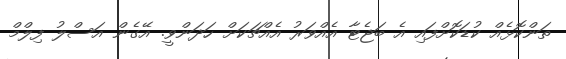
ތަންކޮޅެއް ކުޑަކޮށްފައި އެ ބަޖެޓާ އެއްވަރު އެއްޗަކަށް ހަދަންވީ. އޭގެން އަސްލު ފިލްމް